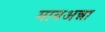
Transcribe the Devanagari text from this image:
मायअन्ना